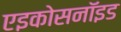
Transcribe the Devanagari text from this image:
एइकोसनॉइड